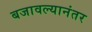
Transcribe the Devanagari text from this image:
बजावल्यानंतर